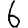
Digit: 6